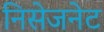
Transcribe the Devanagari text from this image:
निसेजनेट